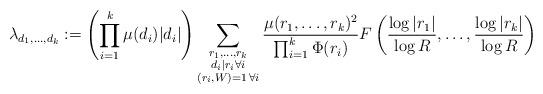
LaTeX: \begin{align*}\lambda_{d_1, \ldots, d_k} := \left(\prod_{i = 1}^k \mu(d_i)|d_i|\right) \sum_{\substack{r_1, \ldots, r_k \\ d_i \mid r_i \forall i \\ (r_i, W) = 1 \, \forall i}} \frac{\mu(r_1, \ldots, r_k)^2}{\prod_{i=1}^k \Phi(r_i)} F\left(\frac{\log|r_1|}{\log R}, \ldots, \frac{\log|r_k|}{\log R}\right)\end{align*}